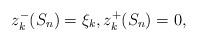
LaTeX: \begin{align*}z_k^-(S_n)=\xi_k,z_k^+(S_n)=0,\end{align*}